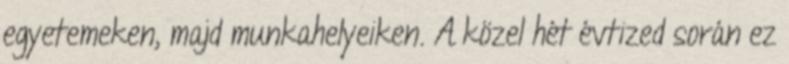
egyetemeken, majd munkahelyeiken. A közel hét évtized során ez